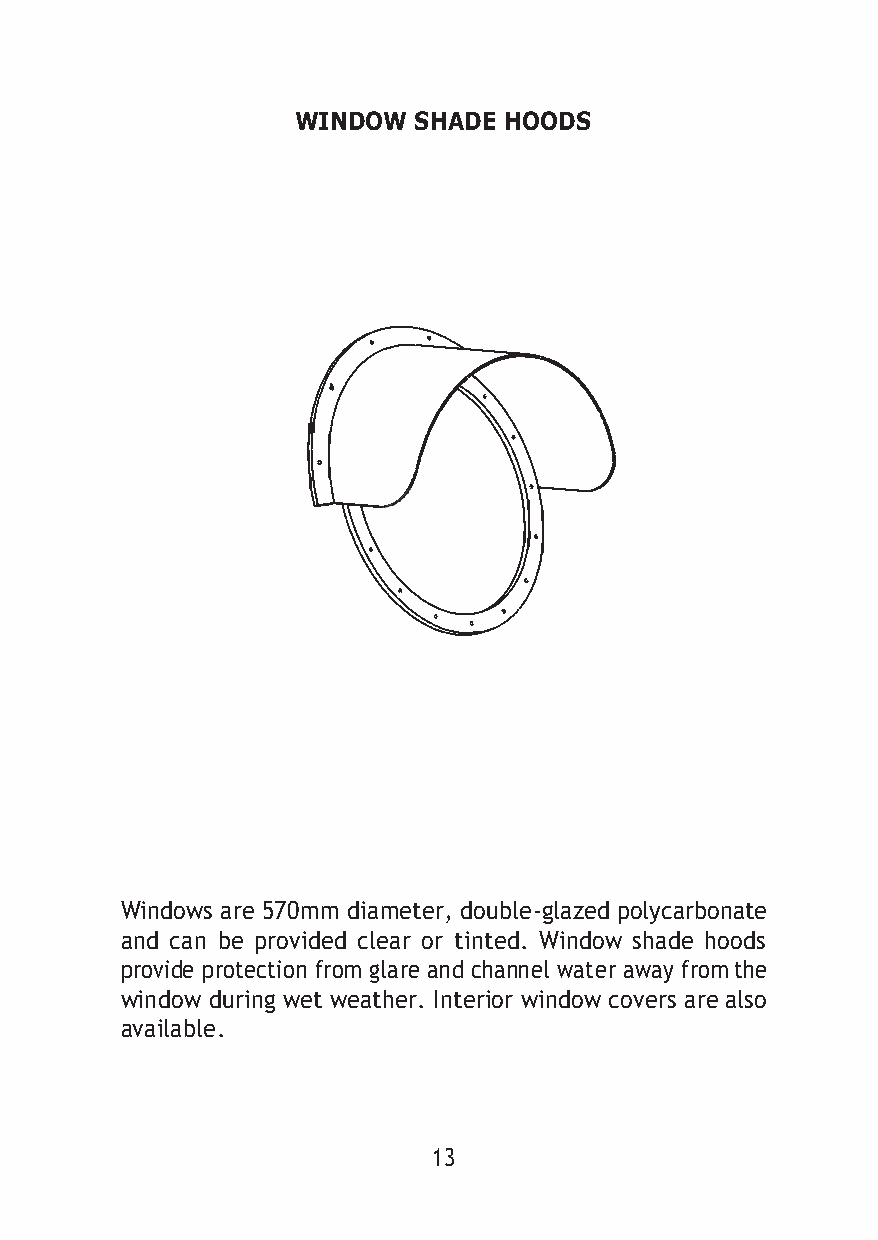
WINDOW SHADE HOODS
 Windows are 570mm diameter, double-glazed polycarbonate
 and can be provided clear or tinted. Window shade hoods
 provide protection from glare and channel water away from the
 window during wet weather. Interior window covers are also
 available.
 13